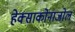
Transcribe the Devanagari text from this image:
हेक्‍साकोनाजोल